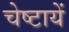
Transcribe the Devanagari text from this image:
चेष्‍टायें